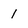
Character: I